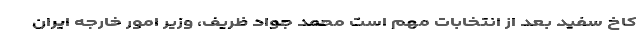
کاخ سفید بعد از انتخابات مهم است محمد جواد ظریف، وزیر امور خارجه ایران